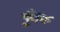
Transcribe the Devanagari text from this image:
फूँकि